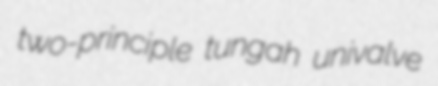
two-principle tungah univalve